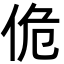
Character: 佹